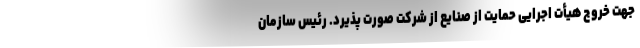
جهت خروج هیأت اجرایی حمایت از صنایع از شرکت صورت پذیرد. رئیس سازمان